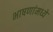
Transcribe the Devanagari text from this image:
भाषणांमध्ये